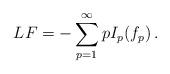
LaTeX: \begin{align*} LF=-\sum_{p=1}^\infty p I_p(f_p)\,.\end{align*}